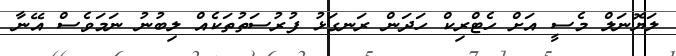
ލަޔޮނަލް މެސީ އަށް ހެޓްރިކް ހަދަން ރަނގަޅު ފުރުސަތުތަކެއް ލިބުނު ނަމަވެސް އޭނާ